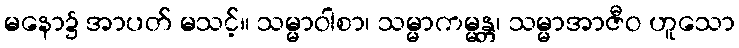
မနော၌ အာပတ် မသင့်။ သမ္မာဝါစာ၊ သမ္မာကမ္မန္တ၊ သမ္မာအာဇီဝ ဟူသော